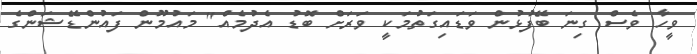
ވީހާ ވެސް ގިނަ ބޭފުޅުން ވަޑައިގަތުމަކީ ވަރަށް ބޮޑު އެދުމެއް" މައުމޫން ފައުންޑޭޝަންގެ